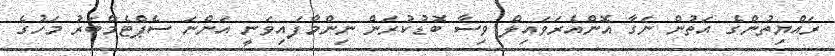
ރައްޔިތުންގެ އަތުން ނަގާ އޮންއެރަވައިލް ވިސާ ބޮޑުކުރަން ނިންމާފައިވަނީ އަންނަ ސެޕްޓެމްބަރު މަހުގެ